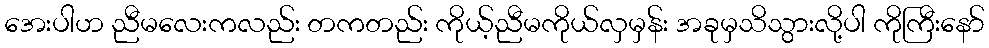
အေးပါဟ ညီမလေးကလည်း တကတည်း ကိုယ့်ညီမကိုယ်လှမှန်း အခုမှသိသွားလို့ပါ ကိုကြီးနော်